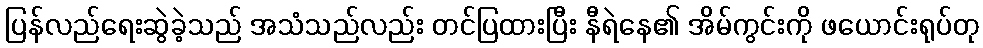
ပြန်လည်ရေးဆွဲခဲ့သည် အသံသည်လည်း တင်ပြထားပြီး နီရဲနေ၏ အိမ်ကွင်းကို ဖယောင်းရုပ်တု